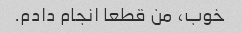
خوب، من قطعا انجام دادم.